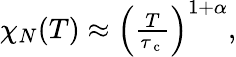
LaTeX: \begin{array}{r}{\chi_{N}(T)\approx\left(\frac{T}{\tau_{\mathrm{~c~}}}\right)^{1+\alpha},}\end{array}